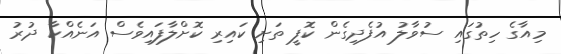
މިއާގެ ހިތުގައި ސުވާލު އުފެދިގެން ކޮފީ ތަށި ކައިރި ކޮށްލާފައިވެސް އަނެއްކާ ދުރު